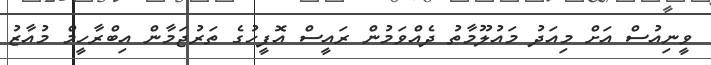
ވީނިއުސް އަށް މިއަދު މައުލޫމާތު ދެއްވަމުން ރައީސް އޮފީހުގެ ތަރުޖަމާން އިބްރާހީމް މުއާޒު